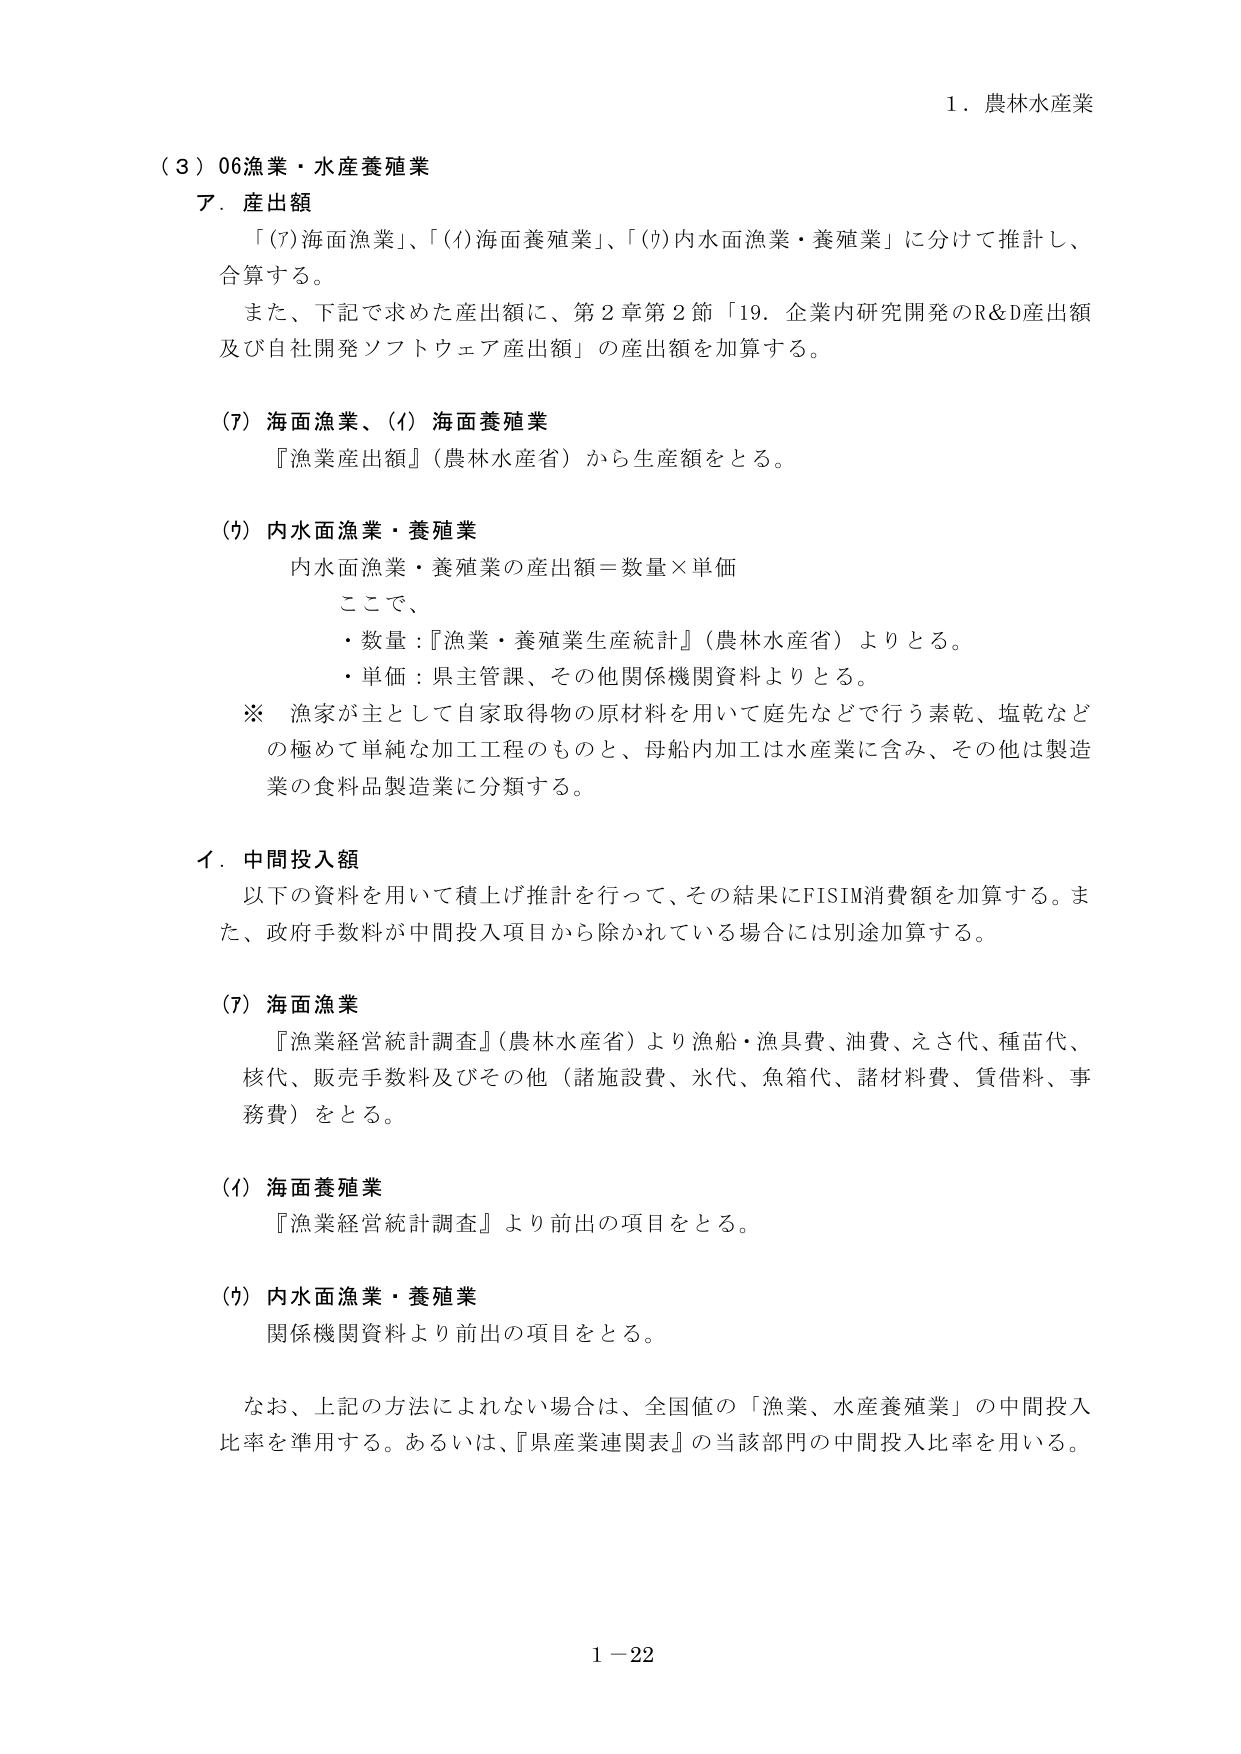
１．農林水産業

（３）06漁業・水産養殖業

ア．産出額

「(7)海面漁業」、「(Ⅰ)海面養殖業」、「(ｳ)内水面漁業・養殖業」に分けて推計し、
合算する。

また、下記で求めた産出額に、第２章第２節「19．企業内研究開発のR&D産出額
及び自社開発ソフトウェア産出額」の産出額を加算する。

(7) 海面漁業、(Ⅰ) 海面養殖業

『漁業産出額』（農林水産省）から生産額をとる。

(ｳ) 内水面漁業・養殖業

内水面漁業・養殖業の産出額＝数量×単価

ここで、

・数量：『漁業・養殖業生産統計』（農林水産省）よりとる。

・単価：県主管課、その他関係機関資料よりとる。

※ 漁家が主として自家取得物の原材料を用いて庭先などで行う素乾、塩乾など
の極めて単純な加工工程のものと、母船内加工は水産業に含み、その他は製造
業の食料品製造業に分類する。

イ．中間投入額

以下の資料を用いて積上げ推計を行って、その結果にFISIM消費額を加算する。ま
た、政府手数料が中間投入項目から除かれている場合には別途加算する。

(7) 海面漁業

『漁業経営統計調査』（農林水産省）より漁船・漁具費、油費、えさ代、種苗代、
核代、販売手数料及びその他（諸施設費、氷代、魚箱代、諸材料費、賃借料、事
務費）をとる。

(Ⅰ) 海面養殖業

『漁業経営統計調査』より前出の項目をとる。

(ｳ) 内水面漁業・養殖業

関係機関資料より前出の項目をとる。

なお、上記の方法によれない場合は、全国値の「漁業、水産養殖業」の中間投入
比率を準用する。あるいは、『県産業連関表』の当該部門の中間投入比率を用いる。

１－22